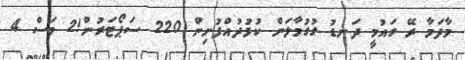
މާދަމާ ރޭ ގައުމީ ދަނޑު ގުގުމާލަން ކުޅުދުއްފުށިން 220 ސަޕޯޓަރުން!2 މަސް 4